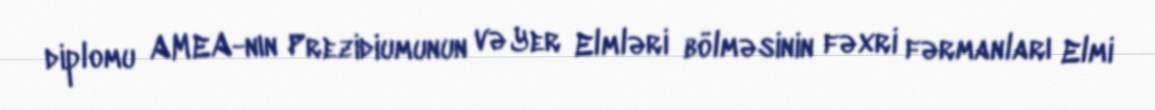
diplomu AMEA-nın Prezidiumunun və Yer Elmləri bölməsinin fəxri fərmanları Elmi